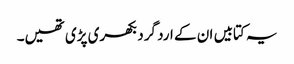
یہ کتابیں ان کے ارد گرد بکھری پڑی تھیں۔